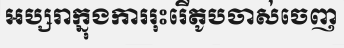
អប្សរាក្នុងការរុះរើតូបចាស់ចេញ